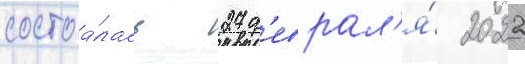
состоа́лась 27 ф'еврал'я́ 2022